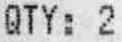
QTY: 2